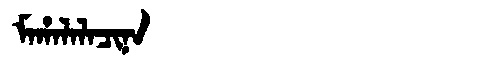
Manchu: ᠮᠠᡥᠠᠯᠠᠯᠠᠴᡳᠨᠠ
Romanization: MAHALALACINA